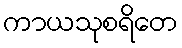
ကာယသုစရိတေ